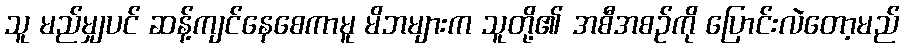
သူ မည်မျှပင် ဆန့်ကျင်နေစေကာမူ မိဘများက သူတို့၏ အစီအစဉ်ကို ပြောင်းလဲတော့မည်